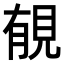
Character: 𧠶